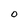
Character: O